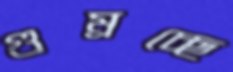
গুম্‌রচ্ছে